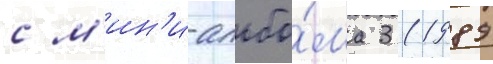
с м'ин'и-альбо́ма 3 (1989